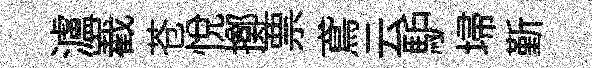
瀘嶻苍悅擲票鳶云馿埽斳